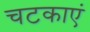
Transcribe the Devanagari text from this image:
चटकाएं